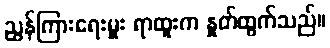
ညွှန်ကြားရေးမှူး ရာထူးက နှုတ်ထွက်သည်။